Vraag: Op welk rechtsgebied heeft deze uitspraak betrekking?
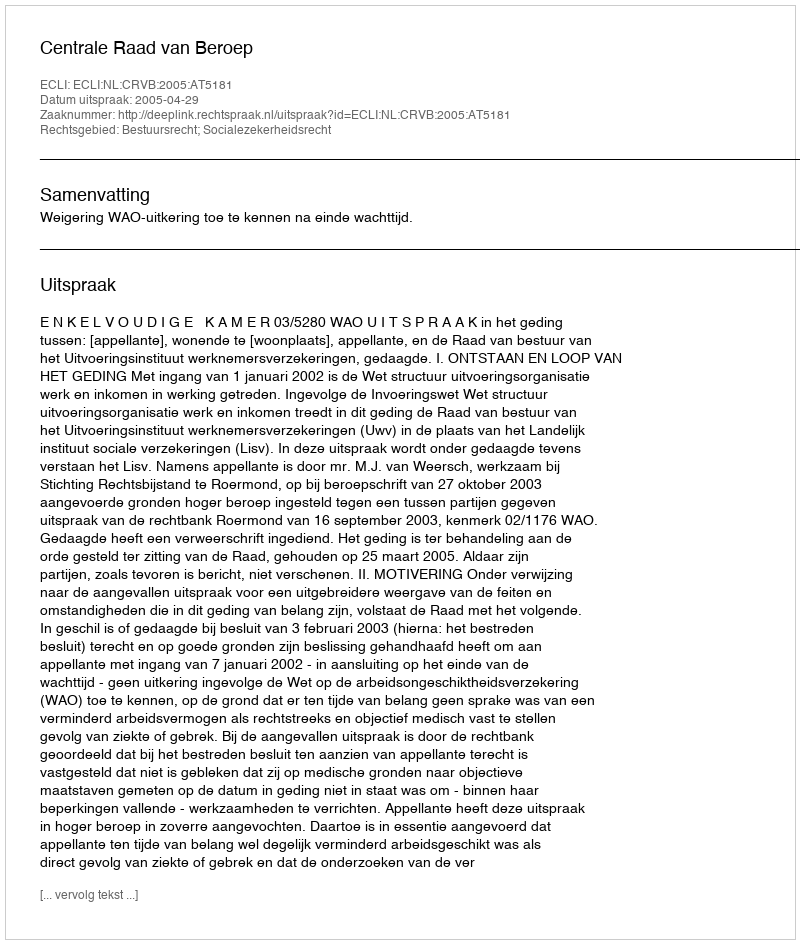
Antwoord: Bestuursrecht; Socialezekerheidsrecht